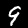
Label: 9